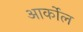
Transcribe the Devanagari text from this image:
आर्कोल